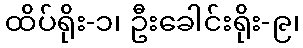
ထိပ်ရိုး-၁၊ ဦးခေါင်းရိုး-၉၊